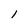
Character: l